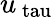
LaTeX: u_{\mathrm{\ tau}}